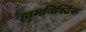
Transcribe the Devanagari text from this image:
ह्युमनिस्टिक